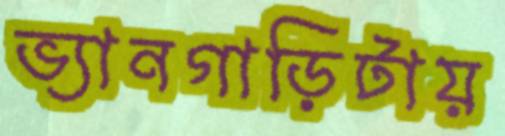
ভ্যানগাড়িটায়